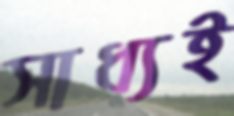
সাধ্যই